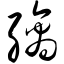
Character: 缡